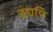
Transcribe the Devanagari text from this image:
तद्यपि